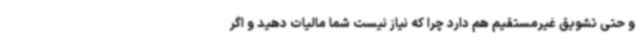
و حتی تشویق غیرمستقیم هم دارد چرا که نیاز نیست شما مالیات دهید و اگر